Vaccination in Bombay 1856-1862 - 1856-1862
Year: 1856
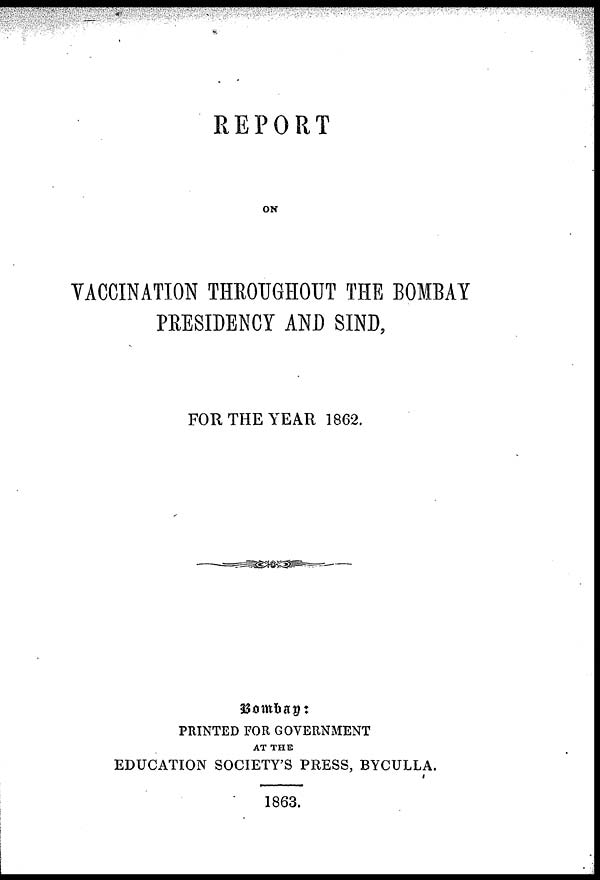
REPORT
ON
VACCINATION THROUGHOUT THE BOMBAY
PRESIDENCY AND SIND,
FOR THE YEAR 1862.
Bombay:
PRINTED FOR GOVERNMENT
AT THE
EDUCATION SOCIETY'S PRESS, BYCULLA.
1863.